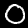
Label: 0